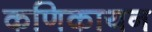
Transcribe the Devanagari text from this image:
कणिकायन